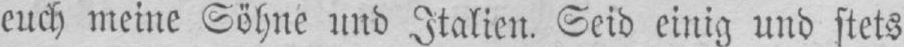
euch meine Söhne und Italien. Seid einig und stets